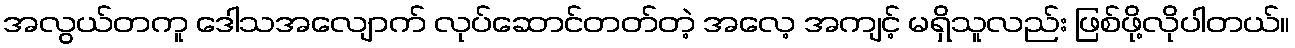
အလွယ်တကူ ဒေါသအလျောက် လုပ်ဆောင်တတ်တဲ့ အလေ့ အကျင့် မရှိသူလည်း ဖြစ်ဖို့လိုပါတယ်။